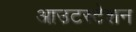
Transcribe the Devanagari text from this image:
आउटस्टेशन